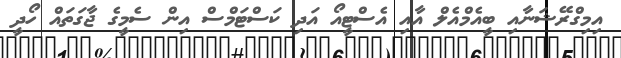
އިމިގްރޭޝަނާއި ބީއެމްއެލް އާއި އެސްޓީއޯ އަދި ކަސްޓަމްސް އިން ސެމީގެ ޖާގަތައް ހޯދީ